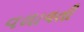
વળાવતી